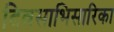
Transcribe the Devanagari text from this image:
दिवसाभिसारिका